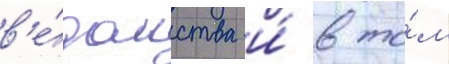
в'е́домства и́ в то́м